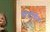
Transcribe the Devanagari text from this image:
सेंटीग्रेंड